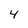
Character: 4